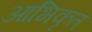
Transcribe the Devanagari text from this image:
आभिकृत